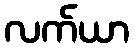
လက်ယာ